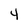
Character: 4